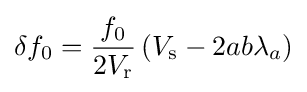
\delta f_{0}={\frac {f_{0}}{2V_{\mathrm {r} }}}\left(V_{\mathrm {s} }-2ab\lambda _{a}\right)